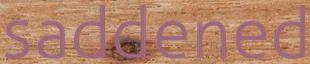
saddened